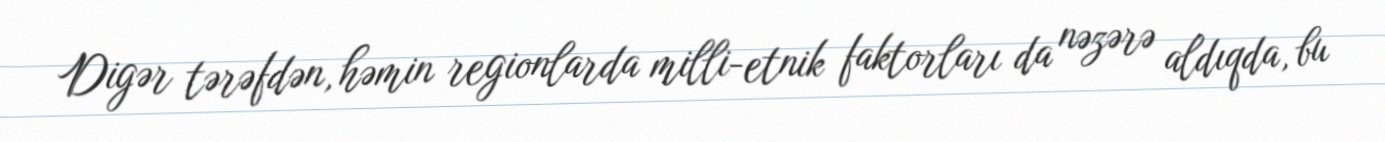
Digər tərəfdən, həmin regionlarda milli-etnik faktorları da nəzərə aldıqda, bu